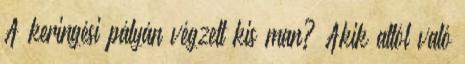
A keringési pályán végzett kis man? Akik attól való